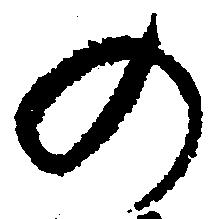
の